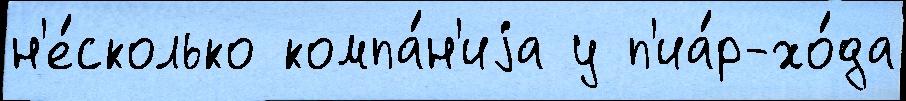
н'е́сколько компа́н'иjа у п'иа́р-хо́да